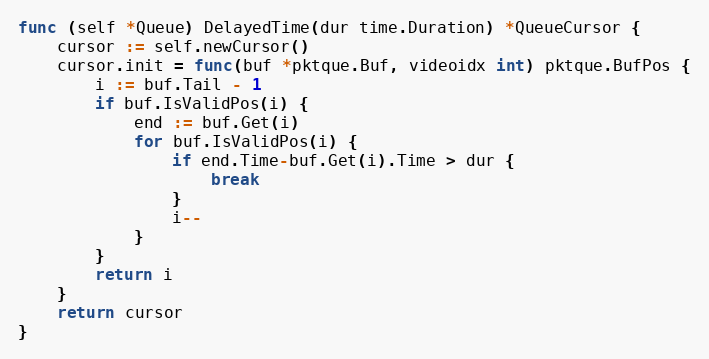
Language: Go
func (self *Queue) DelayedTime(dur time.Duration) *QueueCursor {
	cursor := self.newCursor()
	cursor.init = func(buf *pktque.Buf, videoidx int) pktque.BufPos {
		i := buf.Tail - 1
		if buf.IsValidPos(i) {
			end := buf.Get(i)
			for buf.IsValidPos(i) {
				if end.Time-buf.Get(i).Time > dur {
					break
				}
				i--
			}
		}
		return i
	}
	return cursor
}